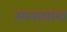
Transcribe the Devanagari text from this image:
रंगनाथांना